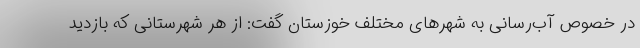
در خصوص آب‌رسانی به شهرهای مختلف خوزستان گفت: از هر شهرستانی که بازدید